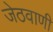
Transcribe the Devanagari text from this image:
जेठवाणी